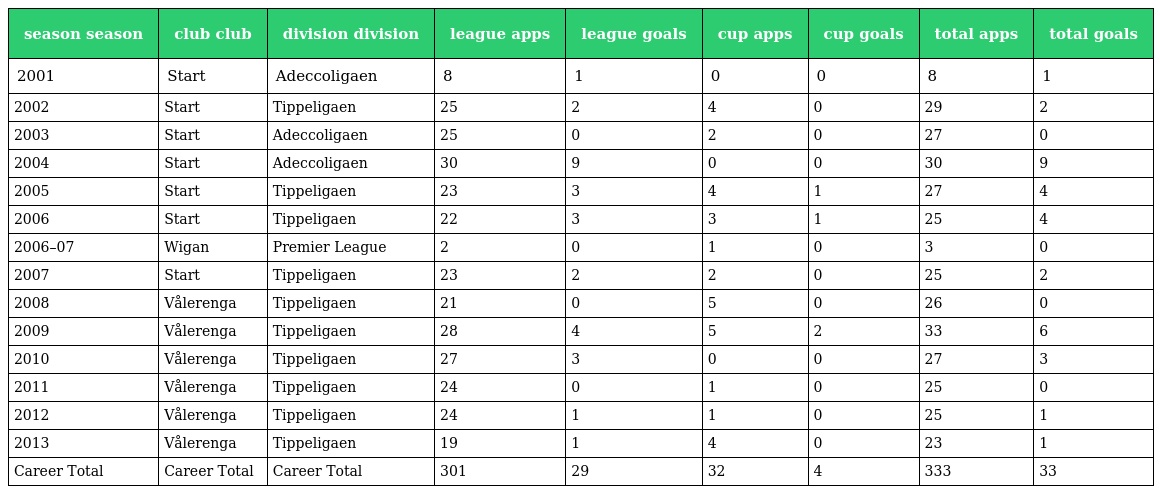
| season season | club club | division division | league apps | league goals | cup apps | cup goals | total apps | total goals |
 | --- | --- | --- | --- | --- | --- | --- | --- | --- |
 | 2001 | Start | Adeccoligaen | 8 | 1 | 0 | 0 | 8 | 1 |
 | 2002 | Start | Tippeligaen | 25 | 2 | 4 | 0 | 29 | 2 |
 | 2003 | Start | Adeccoligaen | 25 | 0 | 2 | 0 | 27 | 0 |
 | 2004 | Start | Adeccoligaen | 30 | 9 | 0 | 0 | 30 | 9 |
 | 2005 | Start | Tippeligaen | 23 | 3 | 4 | 1 | 27 | 4 |
 | 2006 | Start | Tippeligaen | 22 | 3 | 3 | 1 | 25 | 4 |
 | 2006–07 | Wigan | Premier League | 2 | 0 | 1 | 0 | 3 | 0 |
 | 2007 | Start | Tippeligaen | 23 | 2 | 2 | 0 | 25 | 2 |
 | 2008 | Vålerenga | Tippeligaen | 21 | 0 | 5 | 0 | 26 | 0 |
 | 2009 | Vålerenga | Tippeligaen | 28 | 4 | 5 | 2 | 33 | 6 |
 | 2010 | Vålerenga | Tippeligaen | 27 | 3 | 0 | 0 | 27 | 3 |
 | 2011 | Vålerenga | Tippeligaen | 24 | 0 | 1 | 0 | 25 | 0 |
 | 2012 | Vålerenga | Tippeligaen | 24 | 1 | 1 | 0 | 25 | 1 |
 | 2013 | Vålerenga | Tippeligaen | 19 | 1 | 4 | 0 | 23 | 1 |
 | Career Total | Career Total | Career Total | 301 | 29 | 32 | 4 | 333 | 33 |